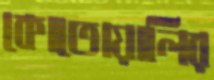
কোতোয়ালির